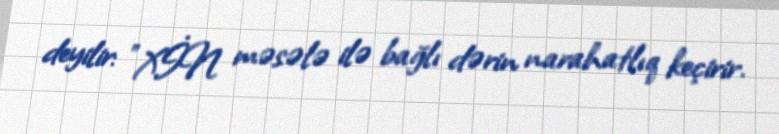
deyilir: "XİN məsələ ilə bağlı dərin narahatlıq keçirir.